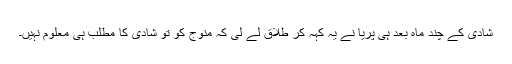
شادی کے چند ماہ بعد ہی پریا نے یہ کہہ کر طلاق لے لی کہ منوج کو تو شادی کا مطلب ہی معلوم نہیں۔